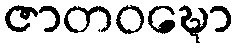
ဇာတဝဍ္ဎော